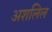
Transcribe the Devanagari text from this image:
अशलिल